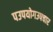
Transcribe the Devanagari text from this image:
पउपयोगउपचार